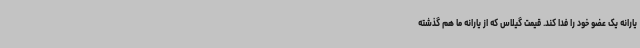
یارانه یک عضو خود را فدا کند. قیمت گیلاس که از یارانه ما هم گذشته